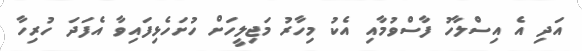
އަދި އެ އިސްލާހު ފާސްވުމާއި އެކު މިހާރު މަޖިލީހަށް ހުށަހެޅިފައިވާ އެފަދަ ހުރިހާ